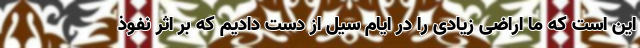
این است که ما اراضی زیادی را در ایام سیل از دست دادیم که بر اثر نفوذ